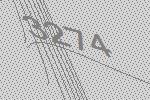
3274